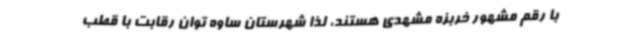
با رقم مشهور خربزه مشهدی هستند، لذا شهرستان ساوه توان رقابت با قطب